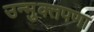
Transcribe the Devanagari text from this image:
उन्मुक्तपणा